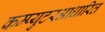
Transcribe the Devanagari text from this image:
कम्प्युटरआधारित